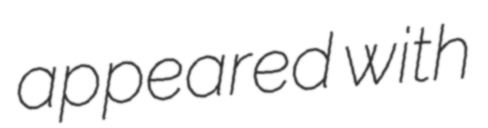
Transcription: appeared with